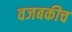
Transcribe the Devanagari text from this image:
वजबकीच